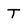
Character: T